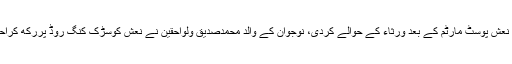
پولیس نے نعش پوسٹ مارٹم کے بعد ورثاء کے حوالے کردی، نوجوان کے والد محمدصدیق ولواحقین نے نعش کوسڑک کنگ روڈ پررکھ کراحتجاج کیا ۔